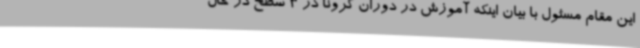
این مقام مسئول با بیان اینکه آموزش در دوران کرونا در 3 سطح در حال